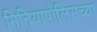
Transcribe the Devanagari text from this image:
मिनियापोलिसच्या